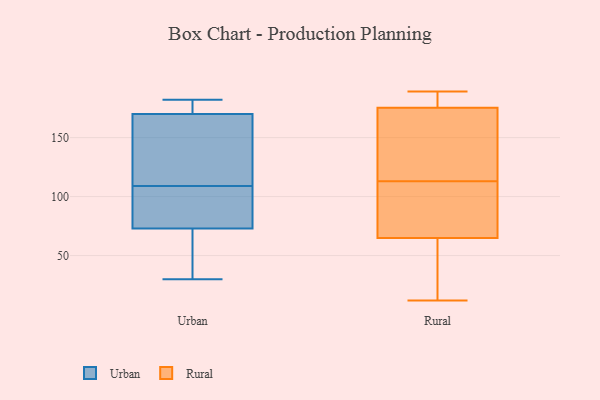
{"axis": {"x": "Latency (ms)", "y": "Value"}, "legend": ["Rural", "Urban"], "data": [{"x": "", "y": 121, "type": "Urban"}, {"x": "", "y": 73, "type": "Urban"}, {"x": "", "y": 127, "type": "Urban"}, {"x": "", "y": 85, "type": "Urban"}, {"x": "", "y": 182, "type": "Urban"}, {"x": "", "y": 55, "type": "Urban"}, {"x": "", "y": 30, "type": "Urban"}, {"x": "", "y": 170, "type": "Urban"}, {"x": "", "y": 97, "type": "Urban"}, {"x": "", "y": 180, "type": "Urban"}, {"x": "", "y": 183, "type": "Rural"}, {"x": "", "y": 117, "type": "Rural"}, {"x": "", "y": 134, "type": "Rural"}, {"x": "", "y": 26, "type": "Rural"}, {"x": "", "y": 12, "type": "Rural"}, {"x": "", "y": 65, "type": "Rural"}, {"x": "", "y": 167, "type": "Rural"}, {"x": "", "y": 85, "type": "Rural"}, {"x": "", "y": 170, "type": "Rural"}, {"x": "", "y": 189, "type": "Rural"}, {"x": "", "y": 182, "type": "Rural"}, {"x": "", "y": 56, "type": "Rural"}, {"x": "", "y": 65, "type": "Rural"}, {"x": "", "y": 113, "type": "Rural"}, {"x": "", "y": 80, "type": "Rural"}, {"x": "", "y": 23, "type": "Rural"}, {"x": "", "y": 70, "type": "Rural"}, {"x": "", "y": 177, "type": "Rural"}, {"x": "", "y": 178, "type": "Rural"}]}